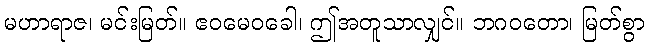
မဟာရာဇ၊ မင်းမြတ်။ ဧဝမေဝခေါ၊ ဤအတူသာလျှင်။ ဘဂဝတော၊ မြတ်စွာ